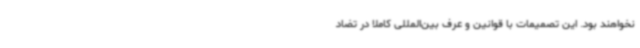
نخواهند بود. این تصمیمات با قوانین و عرف بین‌المللی کاملا در تضاد